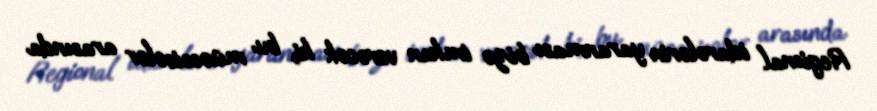
Regional idarələrin yaranması bizə imkan verəcək ki, bu müəssisələr arasında